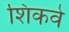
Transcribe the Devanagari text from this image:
शिकवे